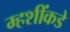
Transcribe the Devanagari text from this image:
म्हशींकडे